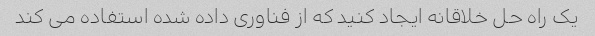
یک راه حل خلاقانه ایجاد کنید که از فناوری داده شده استفاده می کند